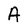
Character: A